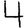
Digit: 4